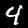
Label: 4